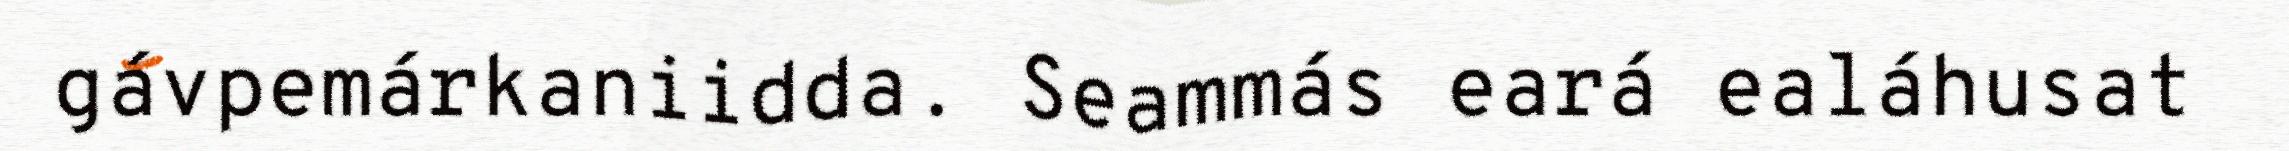
gávpemárkaniidda. Seammás eará ealáhusat